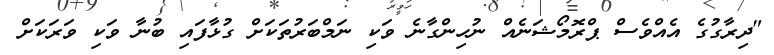
"ދިރާގުގެ އެއްވެސް ޕްރޮމޯޝަނެއް ނުހިންގާނެ ވަކި ނަމްބަރުތަކަށް ގުޅާފައި ބުނާ ވަކި ވަރަކަށް